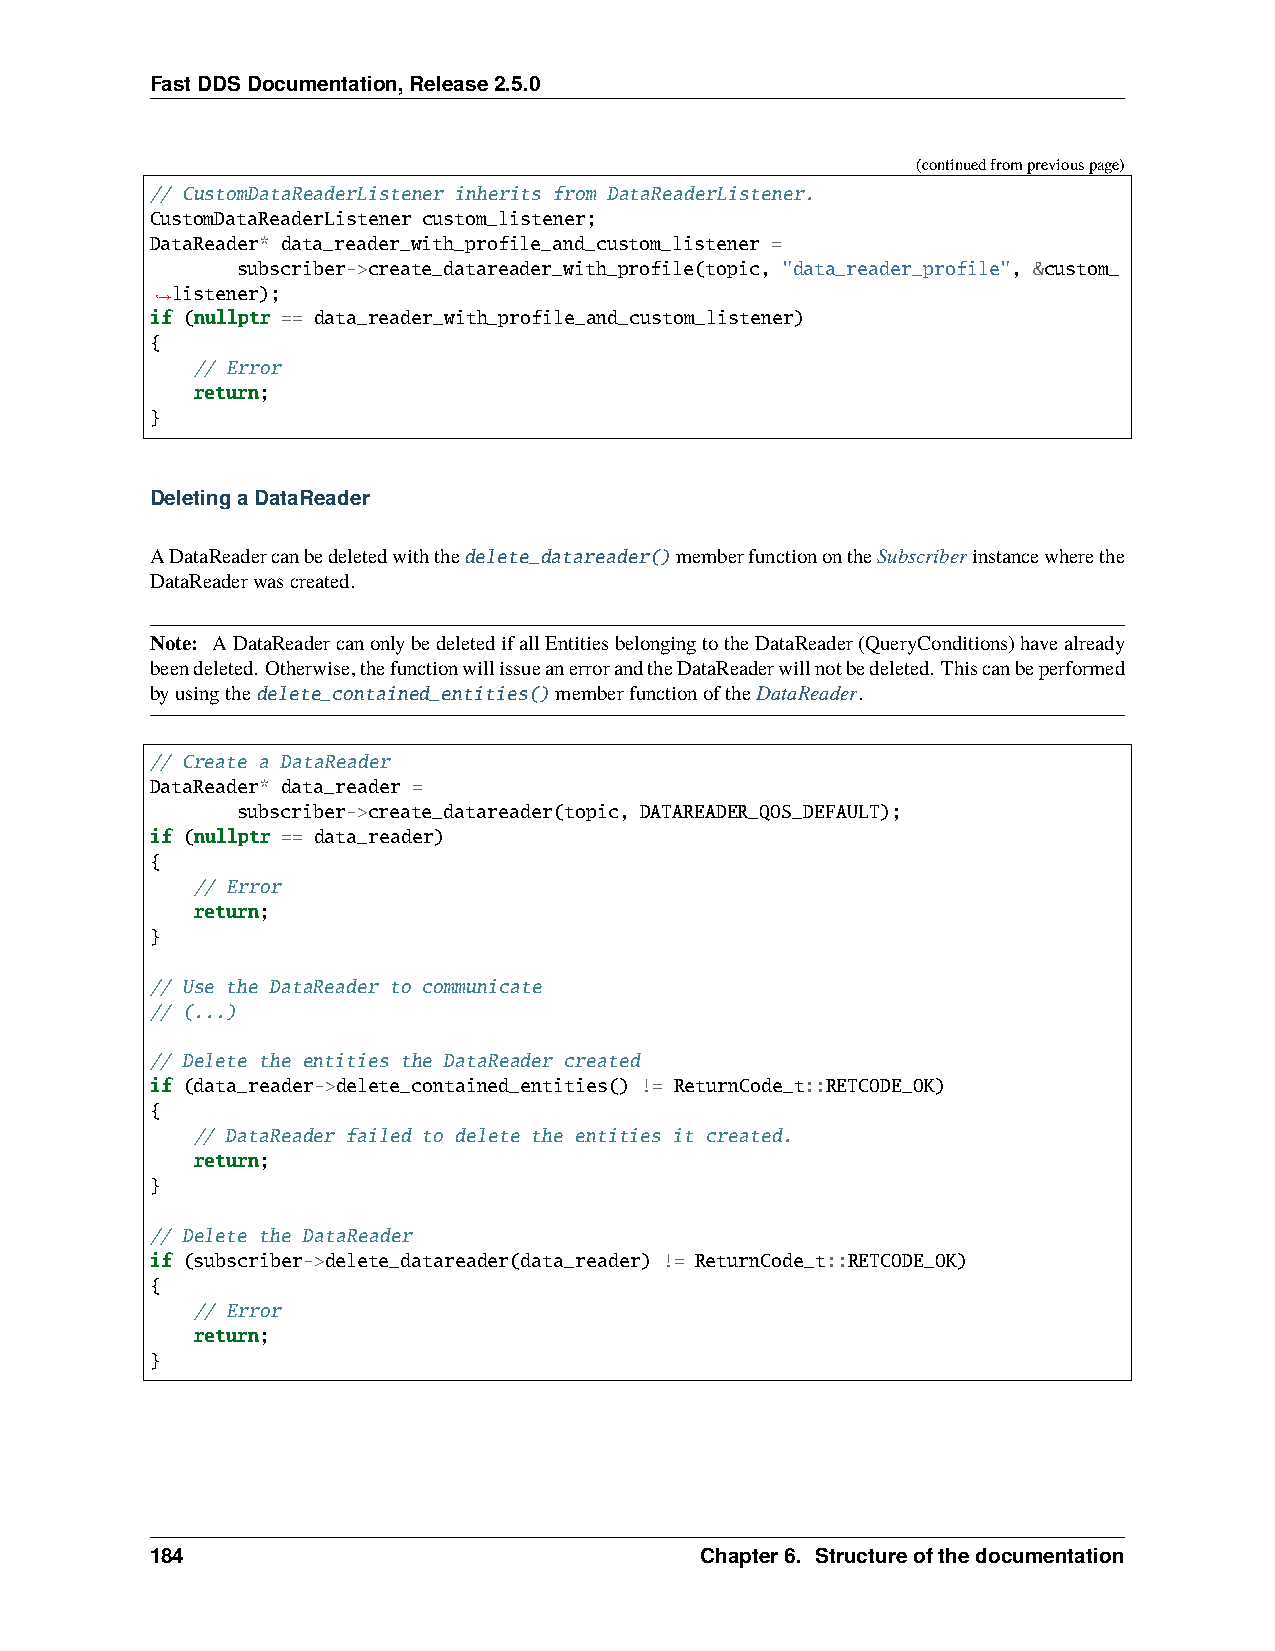
FastDDSDocumentation,Release2.5.0
 (continuedfrompreviouspage)
 // CustomDataReaderListener inherits from DataReaderListener.
 CustomDataReaderListener custom_listener;
 DataReader* data_reader_with_profile_and_custom_listener =
 subscriber->create_datareader_with_profile(topic, "data_reader_profile", &custom_
 listener);
 ˓→
 if (nullptr == data_reader_with_profile_and_custom_listener)
 {
 // Error
 return;
 }
 DeletingaDataReader
 ADataReadercanbedeletedwiththedelete_datareader()memberfunctionontheSubscriberinstancewherethe
 DataReaderwascreated.
 Note: ADataReadercanonlybedeletedifallEntitiesbelongingtotheDataReader(QueryConditions)havealready
 beendeleted. Otherwise,thefunctionwillissueanerrorandtheDataReaderwillnotbedeleted. Thiscanbeperformed
 byusingthedelete_contained_entities()memberfunctionoftheDataReader.
 // Create a DataReader
 DataReader* data_reader =
 subscriber->create_datareader(topic, DATAREADER_QOS_DEFAULT);
 if (nullptr == data_reader)
 {
 // Error
 return;
 }
 // Use the DataReader to communicate
 // (...)
 // Delete the entities the DataReader created
 if (data_reader->delete_contained_entities() != ReturnCode_t::RETCODE_OK)
 {
 // DataReader failed to delete the entities it created.
 return;
 }
 // Delete the DataReader
 if (subscriber->delete_datareader(data_reader) != ReturnCode_t::RETCODE_OK)
 {
 // Error
 return;
 }
 184                                 Chapter6. Structureofthedocumentation